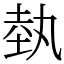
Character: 埶